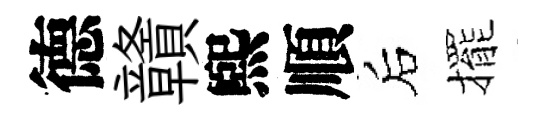
德贛煕順后擺